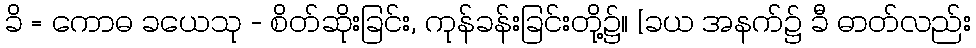
ခိ = ကောဓ ခယေသု - စိတ်ဆိုးခြင်း, ကုန်ခန်းခြင်းတို့၌။ [ခယ အနက်၌ ခီ ဓာတ်လည်း